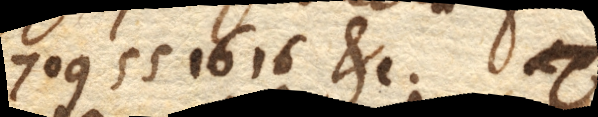
709551616; etc.